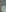
و